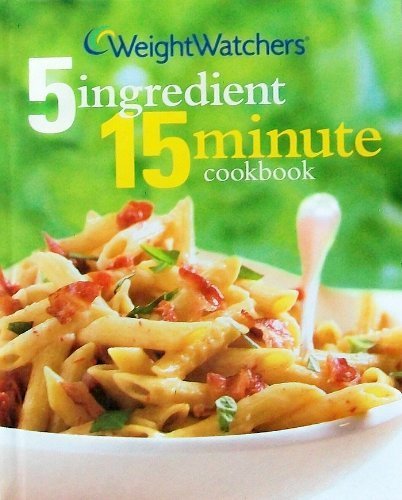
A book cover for Weight Watchers 5 Ingredient 15 Minute Cookbook (2nd Edition) (Weight Watchers Cookbook Series); Weight Watchers; Health, Fitness & Dieting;